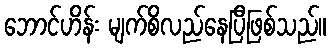
ဘောင်ဟိန်း မျက်စိလည်နေပြီဖြစ်သည်။